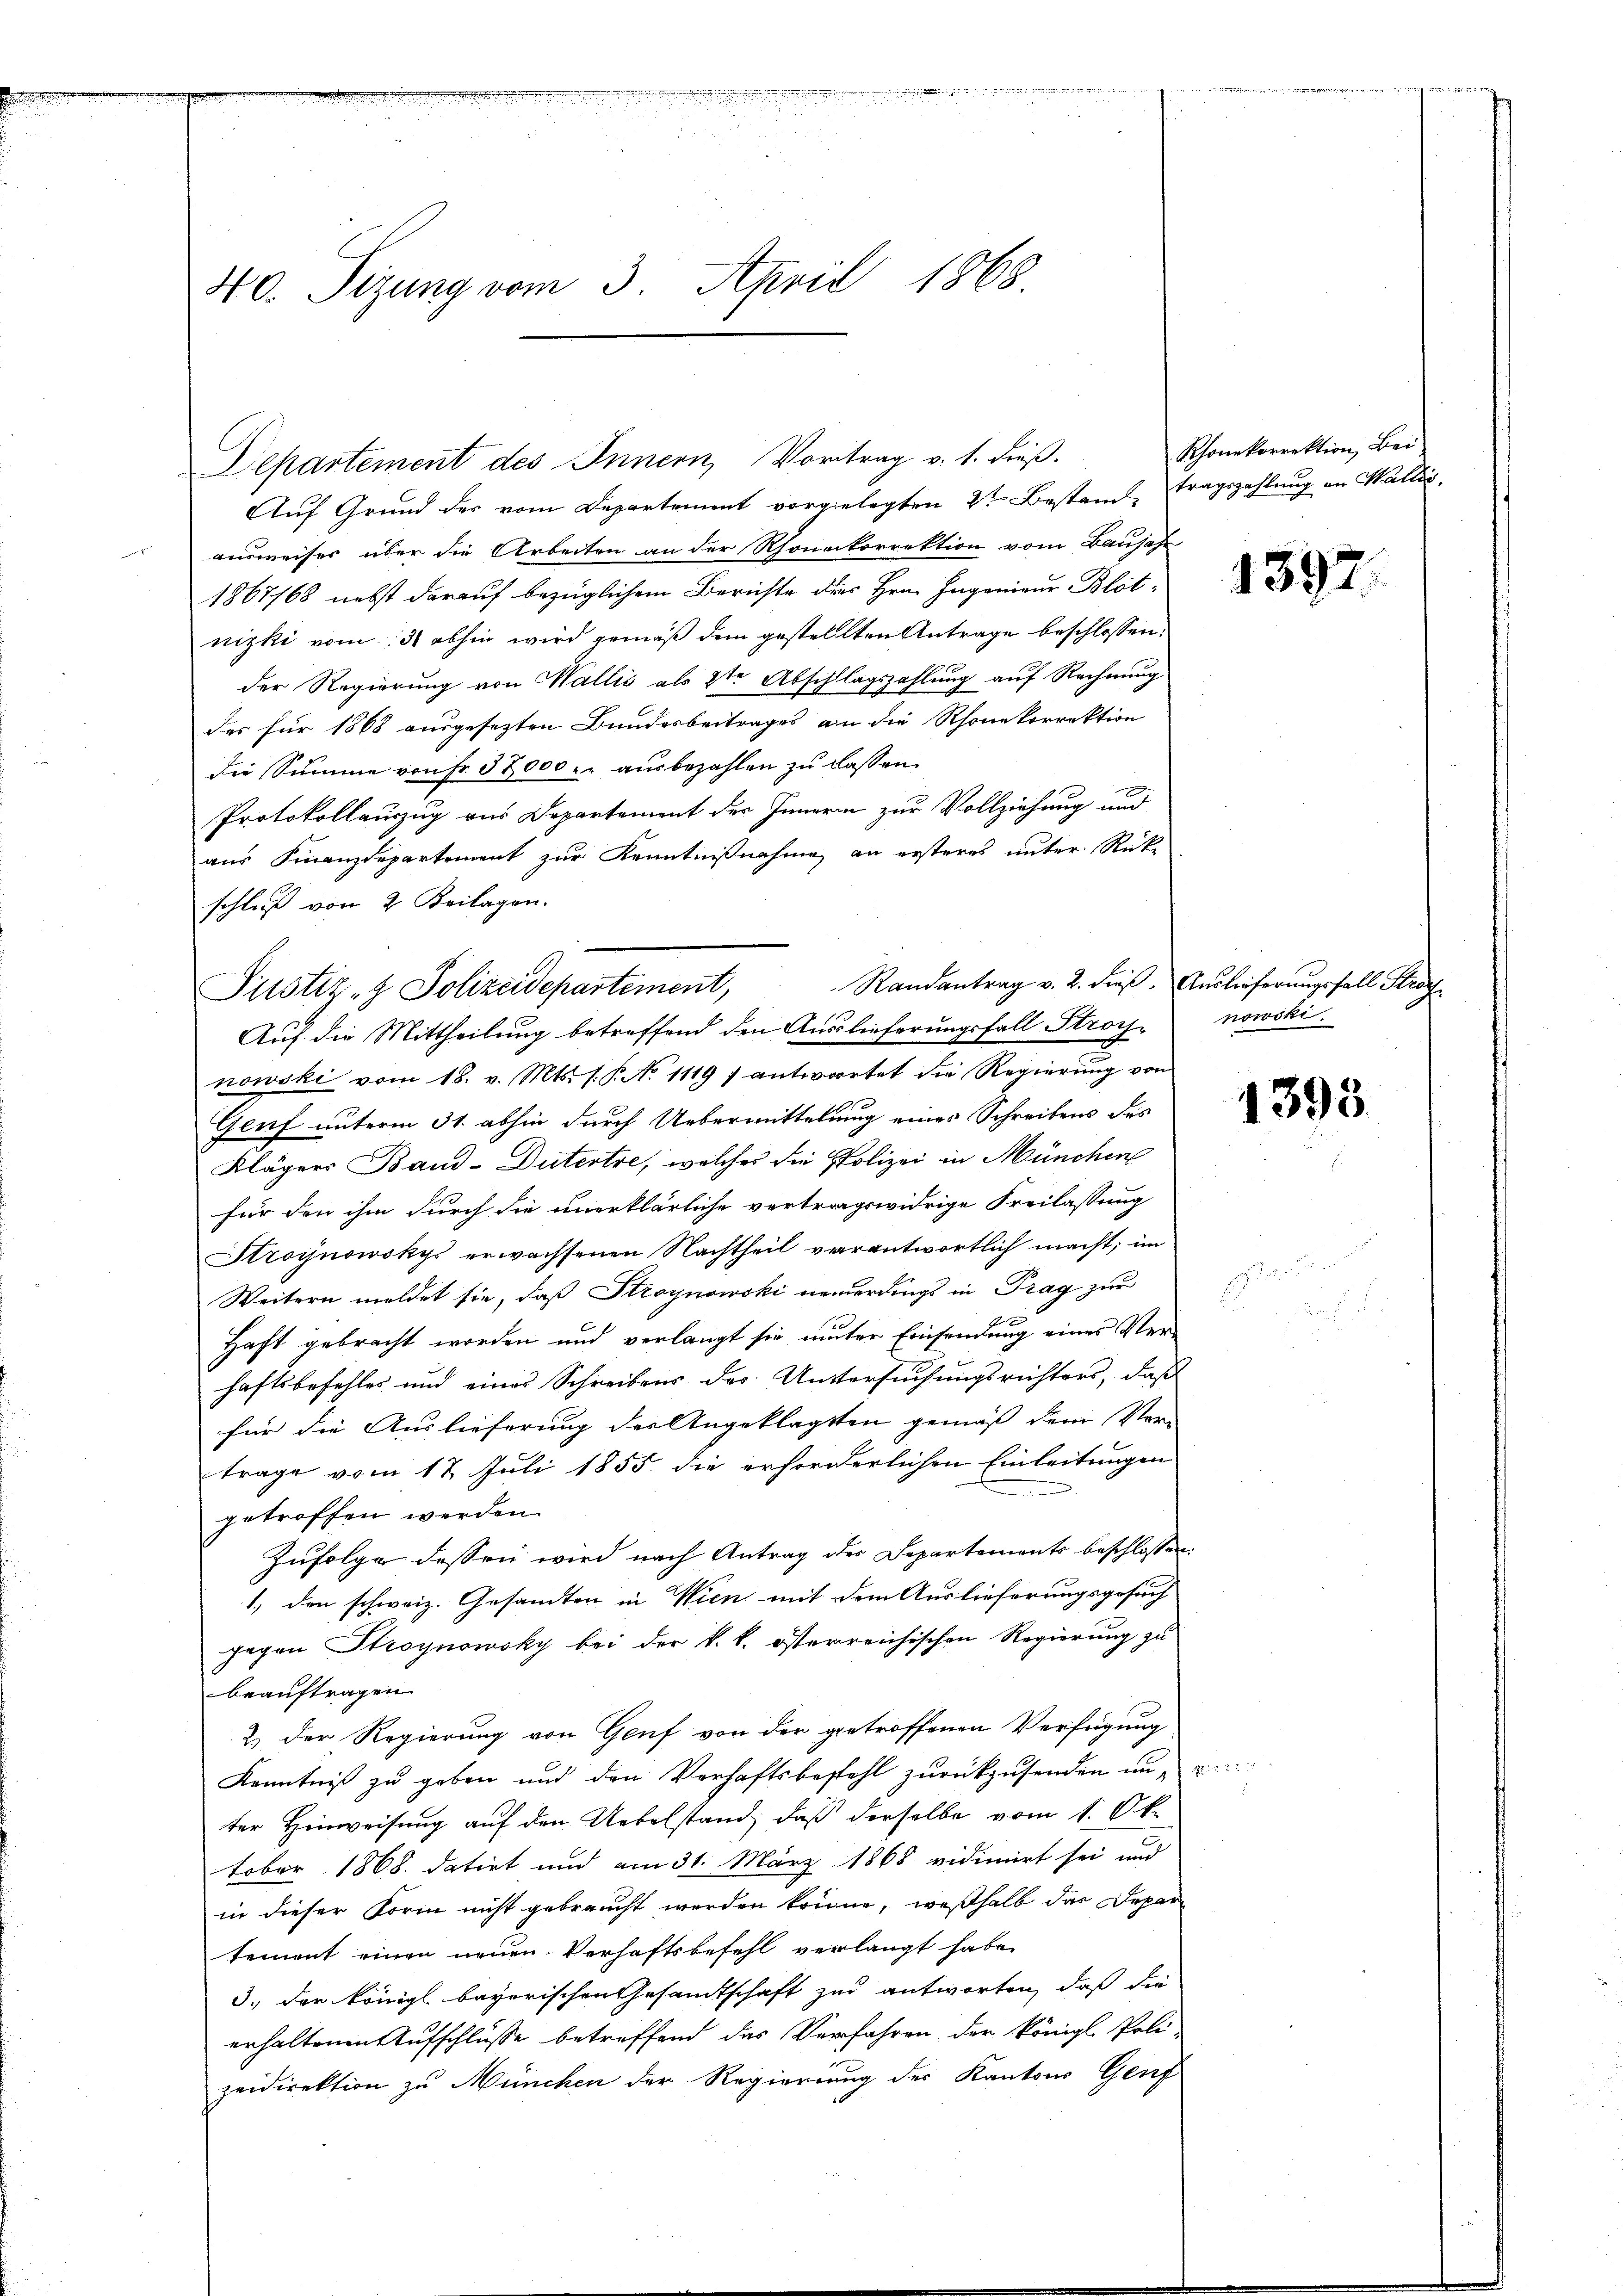
40. Sizung vom 3. April 1868.

Departement des Innern, Vortrag v. 1. dieß.
Auf Grund der vom Departement vorgelegten 2ten Bestand, tragszahlung an Wallis,
ausweiser über die Arbeiten an der Rhonetorrektion vom Baujahr
1867/68 nebst darauf bezüglichem Berichte der Hrn. Ingenieur Blotnizki vom 3. abhin wird gemäß dem gestellten Antrage beschlossen,
der Regierung von Wallis als 2te Abschlagszahlung auf Rechnung.
des für 1868 ausgesetzten Bundesbeitrages an die Rhonekorrektion
die Summe von Fr. 37,000 u. aŭsbezahlen zŭ lassen.
e
Protokollauszug aus Departement des Innern zur Vollziehung und
aus Finanzdepartement zur Kenntnißnahme an ersteres unter Rück-
schluß von 2 Beilagen.
nowski vom 18. v. Mts. s. P. No 1119 f antwortet die Regierung von
Genf unterm 31. abhin durch Uebermittelung eines Schreibens des
Klägers Band-Dutertre, welches die Polizei in München
für den ihm durch die unerklärliche vertragswidrige Freilassung
Stroynowskys erwachsenen Nachtheil verantwortlich macht; im
Weitern meldet sie, daß Stroynowski neuerdings in Prag zur
Haft gebracht worden und verlangt sie unter Einsendung eines Verhaftsbefehles und eines Schreibens des Untersuchungsrichters, daß
für die Auslieferung des Angeklagten gemäß dem Ver-
trage vom 12. Juli 1855. die erforderlichen Einleitungen
getroffen werden.
Zufolge dessen wird nach Antrag der Departements beschlossen
1, den schweiz. Gesandten in Wien mit dem Auslieferungsgesuch
gegen Stroynowsky bei der k. k. österreichischen Regierung zu
beauftragen.
2.) Der Regierung von Genf von der getroffenen Verfügung
Kenntniß zu geben und den Verhaftsbestehl zurückzusenden unter Hinweisung auf den Uebelstand, daß derselbe vom 1. Oktober 1868 datirt und am 31. März 1868 vidimirt sei und
in dieser Form nicht gebraucht werden könne, weßhalb das Departement einen neuen Verhaftsbefehl verlangt habe.
3., den königl. bayerischen Gesandtschaft zur antworten, daß die
erhaltenen Aufschlüsse betreffend das Verfahren der königl. Poli-
zeidirektion zu München der Regierung der Kantons Genf

Justiz- & Polizeidepartement,

Randantrag v. 2. dieß. Auslieferungsfall Straz
Auf die Mittheilung betreffend den Auslieferungsfall Stroh-

Rhonekorrektion, Bei

1397

nowski.

1

1395